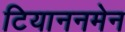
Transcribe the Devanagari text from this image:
टियाननमेन